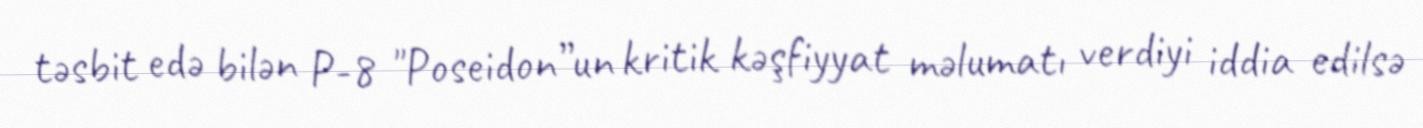
təsbit edə bilən P-8 "Poseidon”un kritik kəşfiyyat məlumatı verdiyi iddia edilsə